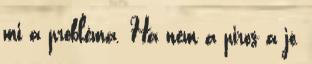
mi a probléma. Ha nem a piros a jó,